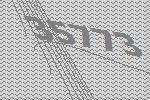
35773